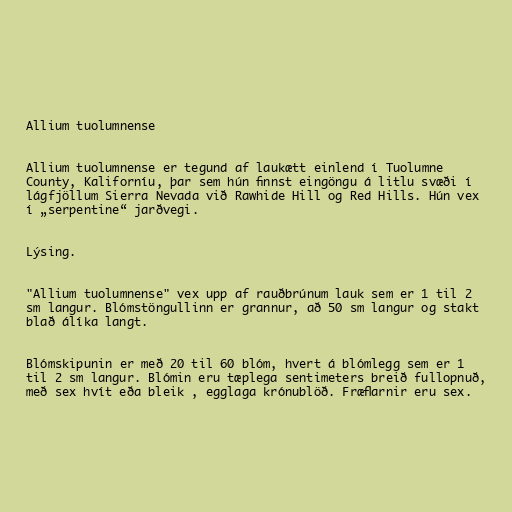
Allium tuolumnense

Allium tuolumnense er tegund af laukætt einlend í Tuolumne
County, Kaliforníu, þar sem hún finnst eingöngu á litlu svæði í
lágfjöllum Sierra Nevada við Rawhide Hill og Red Hills. Hún vex
í „serpentine“ jarðvegi.

Lýsing.

"Allium tuolumnense" vex upp af rauðbrúnum lauk sem er 1 til 2
sm langur. Blómstöngullinn er grannur, að 50 sm langur og stakt
blað álíka langt.

Blómskipunin er með 20 til 60 blóm, hvert á blómlegg sem er 1
til 2 sm langur. Blómin eru tæplega sentimeters breið fullopnuð,
með sex hvít eða bleik , egglaga krónublöð. Fræflarnir eru sex.